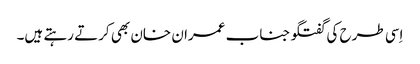
اِسی طرح کی گفتگو جناب عمران خان بھی کرتے رہتے ہیں۔